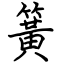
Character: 簧